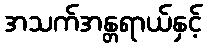
အသက်အန္တရာယ်နှင့်